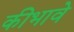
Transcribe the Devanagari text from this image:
कीभावे